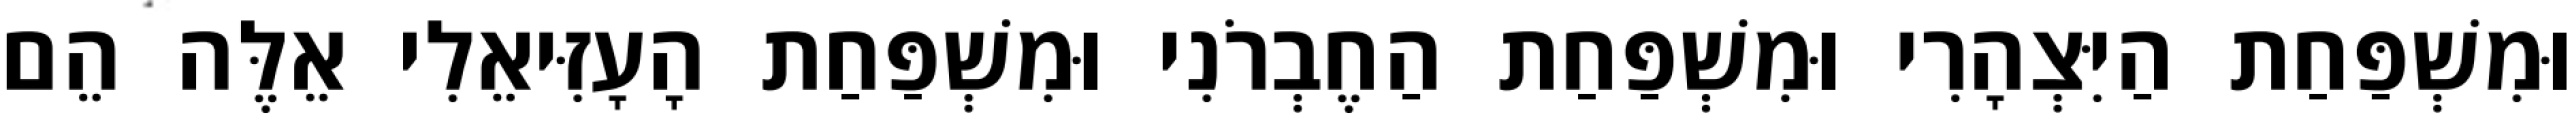
וּמִשְׁפַּחַת הַיִּצְהָרִי וּמִשְׁפַּחַת הַחֶבְרֹנִי וּמִשְׁפַּחַת הָעָזִּיאֵלִי אֵלֶּה הֵם